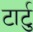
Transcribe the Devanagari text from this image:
टार्टु